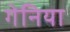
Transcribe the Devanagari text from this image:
गेनिया